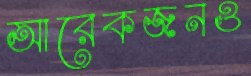
আরেকজনও